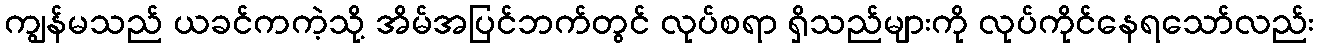
ကျွန်မသည် ယခင်ကကဲ့သို့ အိမ်အပြင်ဘက်တွင် လုပ်စရာ ရှိသည်များကို လုပ်ကိုင်နေရသော်လည်း